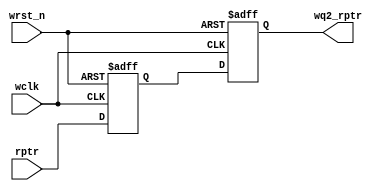
module sync_r2w #(parameter ADDRSIZEL = 4)
(
input [ADDRSIZEL : 0] rptr,
input wclk,wrst_n,
output [ADDRSIZEL : 0] wq2_rptr
 );
 reg [ADDRSIZEL : 0] wq1_rptr,wq2_rptr;
 
 always @(posedge wclk or negedge wrst_n)
 if(!wrst_n)
   {wq2_rptr,wq1_rptr} <= 0;
 else
   {wq2_rptr,wq1_rptr} <= {wq1_rptr,rptr};
 
endmodule